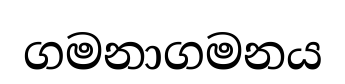
ගමනාගමනය